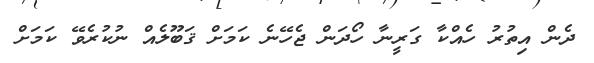
ދެން އިތުރު ހެއްކާ ގަރީނާ ހޯދަން ޖެހޭނެ ކަމަށް ޤަބޫލެއް ނުކުރެވޭ ކަމަށް